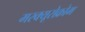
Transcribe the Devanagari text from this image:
मरक्यूरोक्रोम